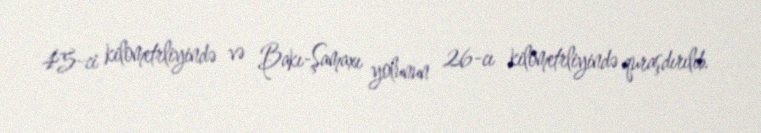
45-ci kilometrliyində və Bakı-Şamaxı yolunun 26-cı kilometrliyində quraşdırılıb.